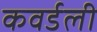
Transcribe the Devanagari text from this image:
कवर्डली